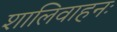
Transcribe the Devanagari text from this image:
शालिवाहनः